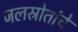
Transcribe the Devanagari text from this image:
जलस्रोतांचे